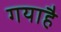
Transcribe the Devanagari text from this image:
गयाहै